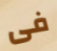
فى